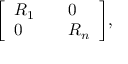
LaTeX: { \left[ \begin{array} { l l l } { R _ { 1 } } & { } & { 0 } \\ { 0 } & { } & { R _ { n } } \end{array} \right] } ,